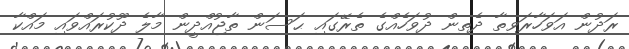
ރަދުން އަވަހާރަވިތާ ދެތިން ދުވަހެއްގެ ތެރޭގައި ޙަސަން ތާޖުއްދީން މާލެ ދޫކުރައްވައި މައްކާ